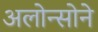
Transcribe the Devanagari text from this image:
अलोन्सोने